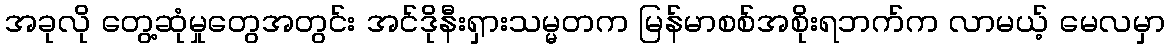
အခုလို တွေ့ဆုံမှုတွေအတွင်း အင်ဒိုနီးရှားသမ္မတက မြန်မာစစ်အစိုးရဘက်က လာမယ့် မေလမှာ